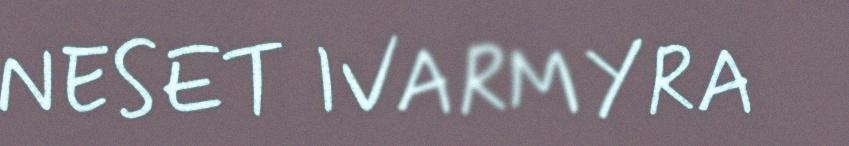
NESET IVARMYRA